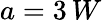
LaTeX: a=3\, W